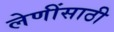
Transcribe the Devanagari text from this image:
लेणींसाठी